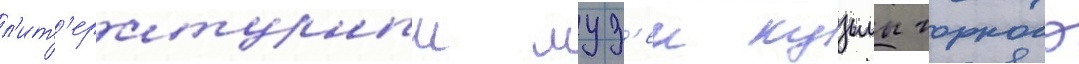
л'ит'ературныи муз'еи кузьмы чорного